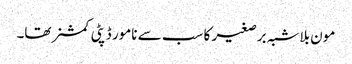
مون بلاشبہ برصغیر کا سب سے نامور ڈپٹی کمشنر تھا۔